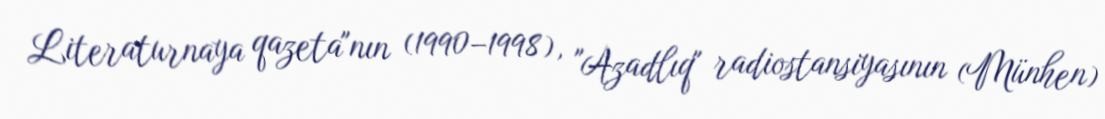
Literaturnaya qazeta"nın (1990–1998), "Azadlıq" radiostansiyasının (Münhen)